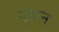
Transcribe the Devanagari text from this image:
कृटन